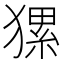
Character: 𤡂